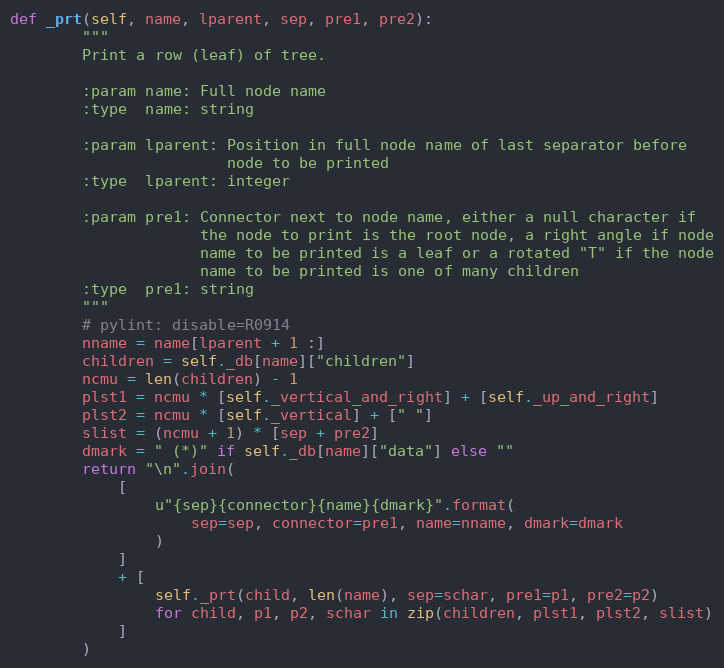
Language: Python
def _prt(self, name, lparent, sep, pre1, pre2):
        """
        Print a row (leaf) of tree.

        :param name: Full node name
        :type  name: string

        :param lparent: Position in full node name of last separator before
                        node to be printed
        :type  lparent: integer

        :param pre1: Connector next to node name, either a null character if
                     the node to print is the root node, a right angle if node
                     name to be printed is a leaf or a rotated "T" if the node
                     name to be printed is one of many children
        :type  pre1: string
        """
        # pylint: disable=R0914
        nname = name[lparent + 1 :]
        children = self._db[name]["children"]
        ncmu = len(children) - 1
        plst1 = ncmu * [self._vertical_and_right] + [self._up_and_right]
        plst2 = ncmu * [self._vertical] + [" "]
        slist = (ncmu + 1) * [sep + pre2]
        dmark = " (*)" if self._db[name]["data"] else ""
        return "\n".join(
            [
                u"{sep}{connector}{name}{dmark}".format(
                    sep=sep, connector=pre1, name=nname, dmark=dmark
                )
            ]
            + [
                self._prt(child, len(name), sep=schar, pre1=p1, pre2=p2)
                for child, p1, p2, schar in zip(children, plst1, plst2, slist)
            ]
        )